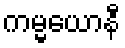
ကမ္မယောနီ